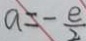
a = - \frac { e } { 2 }